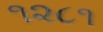
૧૨૮૧